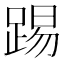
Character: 踢